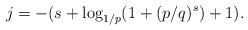
LaTeX: \begin{align*} j = -(s + \log_{1/p}(1 + (p/q)^s) + 1). \end{align*}